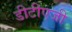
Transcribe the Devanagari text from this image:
डीटीएजी